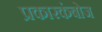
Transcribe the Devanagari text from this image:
प्रकारकंबोज